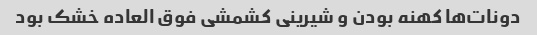
دونات‌ها کهنه بودن و شیرینی کشمشی فوق العاده خشک بود